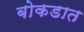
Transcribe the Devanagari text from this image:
बोकडात